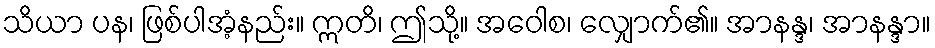
သိယာ ပန၊ ဖြစ်ပါအံ့နည်း။ ဣတိ၊ ဤသို့။ အဝေါစ၊ လျှောက်၏။ အာနန္ဒ၊ အာနန္ဒာ။